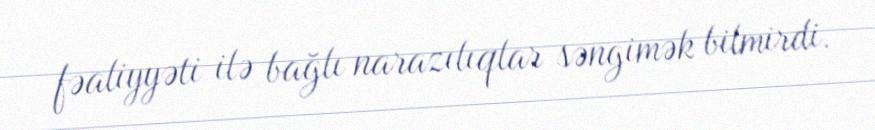
fəaliyyəti ilə bağlı narazılıqlar səngimək bilmirdi.